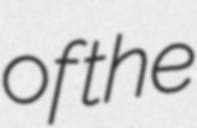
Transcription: of the